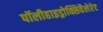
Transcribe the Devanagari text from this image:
पॉलीहाइड्रोक्सिवैलेरेट